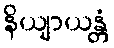
နိယျာယန္တံ